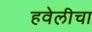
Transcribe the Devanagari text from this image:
हवेलीचा